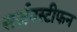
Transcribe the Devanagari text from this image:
सर्जनस्टीफन